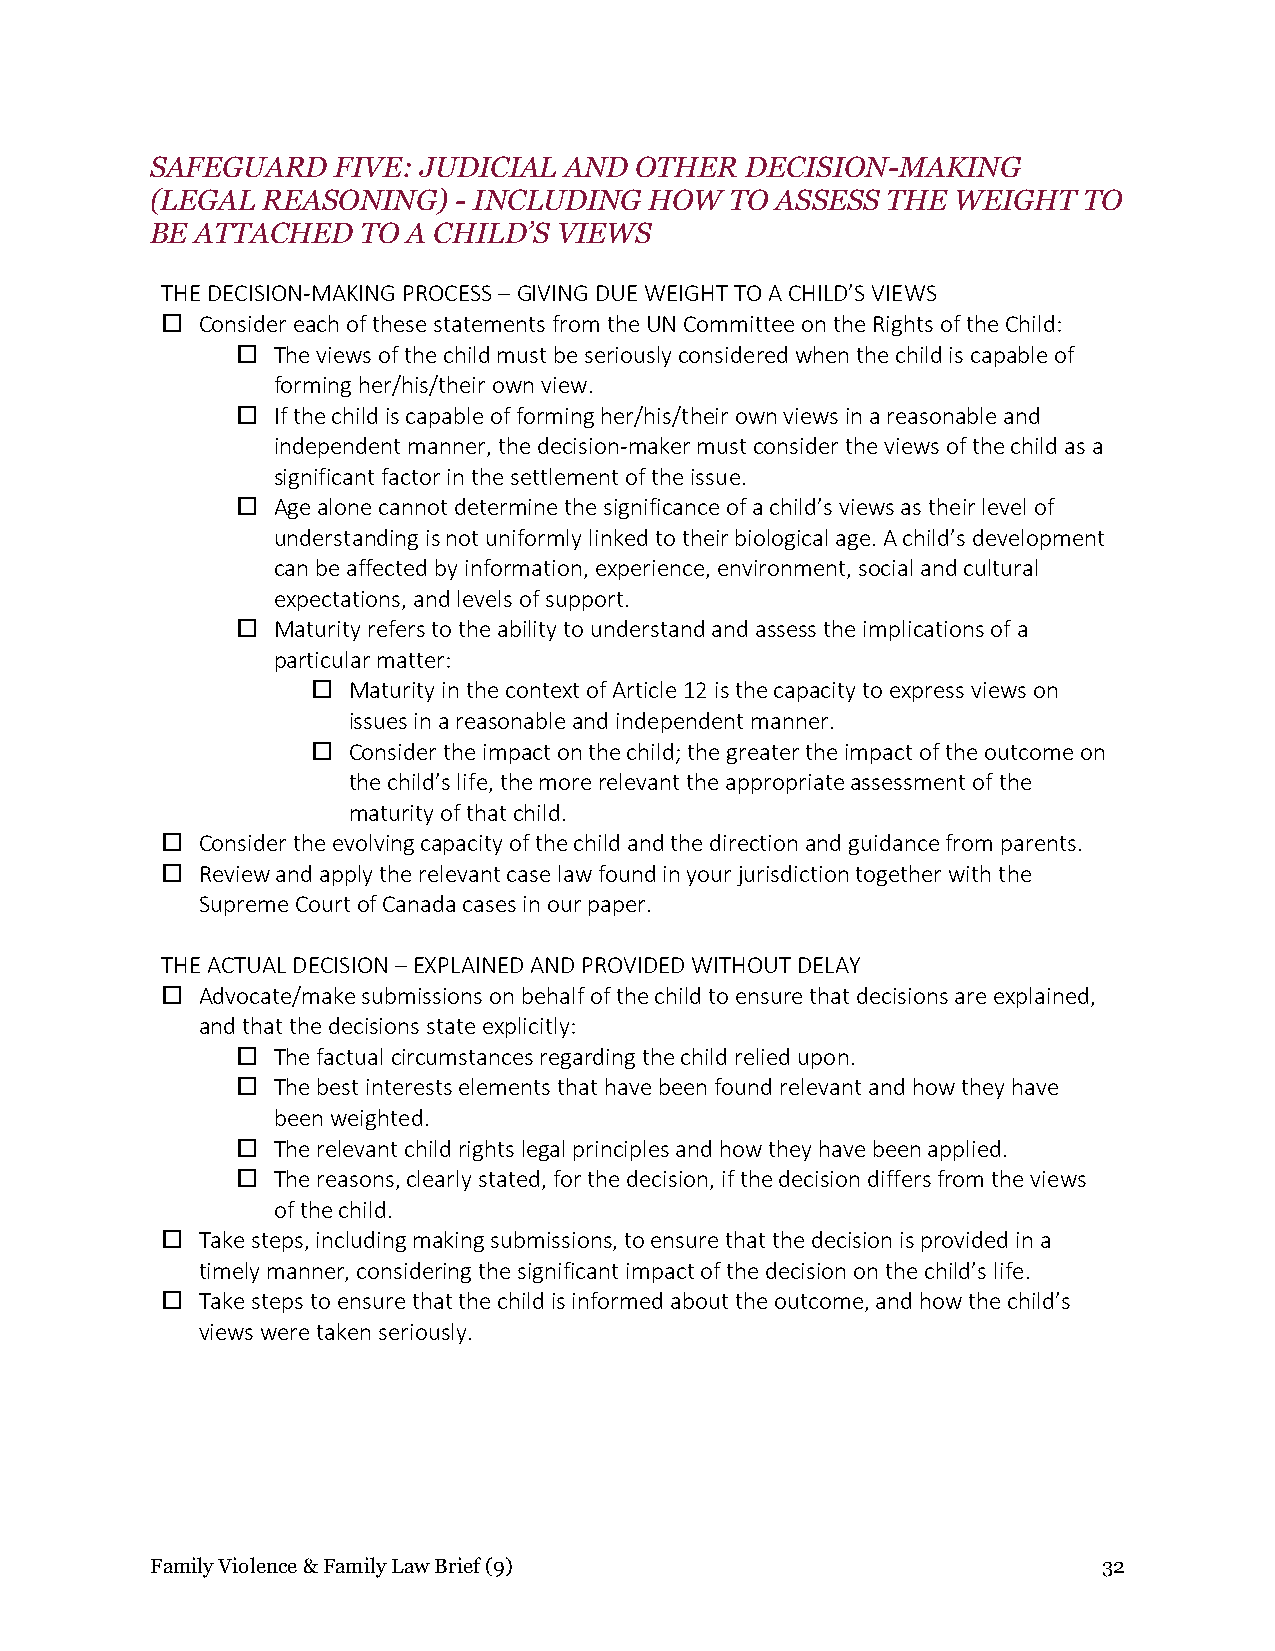
SAFEGUARD   FIVE: JUDICIAL AND  OTHER  DECISION-MAKING
 (LEGAL REASONING)   - INCLUDING  HOW  TO ASSESS  THE WEIGHT   TO
 BE ATTACHED   TO A CHILD’S VIEWS
 THE DECISION-MAKING PROCESS – GIVING DUE WEIGHT TO A CHILD’S VIEWS
  Consider each of these statements from the UN Committee on the Rights of the Child:
  The views of the child must be seriously considered when the child is capable of
 forming her/his/their own view.
  If the child is capable of forming her/his/their own views in a reasonable and
 independent manner, the decision-maker must consider the views of the child as a
 significant factor in the settlement of the issue.
  Age alone cannot determine the significance of a child’s views as their level of
 understanding is not uniformly linked to their biological age. A child’s development
 can be affected by information, experience, environment, social and cultural
 expectations, and levels of support.
  Maturity refers to the ability to understand and assess the implications of a
 particular matter:
  Maturity in the context of Article 12 is the capacity to express views on
 issues in a reasonable and independent manner.
  Consider the impact on the child; the greater the impact of the outcome on
 the child’s life, the more relevant the appropriate assessment of the
 maturity of that child.
  Consider the evolving capacity of the child and the direction and guidance from parents.
  Review and apply the relevant case law found in your jurisdiction together with the
 Supreme Court of Canada cases in our paper.
 THE ACTUAL DECISION – EXPLAINED AND PROVIDED WITHOUT DELAY
  Advocate/make submissions on behalf of the child to ensure that decisions are explained,
 and that the decisions state explicitly:
  The factual circumstances regarding the child relied upon.
  The best interests elements that have been found relevant and how they have
 been weighted.
  The relevant child rights legal principles and how they have been applied.
  The reasons, clearly stated, for the decision, if the decision differs from the views
 of the child.
  Take steps, including making submissions, to ensure that the decision is provided in a
 timely manner, considering the significant impact of the decision on the child’s life.
  Take steps to ensure that the child is informed about the outcome, and how the child’s
 views were taken seriously.
 Family Violence & Family Law Brief (9)                         32